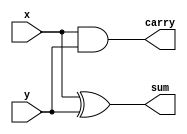
module adder_half(x,y,sum,carry);
    input x,y;
    output sum, carry;

    //* Gate level modelling
    and(carry, x, y);
    xor(sum, x, y);
endmodule

module multiplier_2_bit_using_half_adder(num1, num2, product);
    input[1:0] num1, num2;
    output[3:0] product;

    and(product[0], num1[0], num2[0]);

    wire andout_1;
    and(andout_1, num1[0], num2[1]);

    wire andout_2;
    and(andout_2, num1[1], num2[0]);

    wire c1;
    adder_half wire_driver_1(andout_1, andout_2, product[1], c1);

    wire andout_3;
    and(andout_3, num1[1], num2[1]);

    adder_half wire_driver_2(c1, andout_3, product[2], product[3]);

    always @(num1 or num2)
        #0 $display("%b x %b = %b\n", num1, num2, product); 
        // TODO: Why do we need this #0? Without it we are shown xxxx as output

endmodule

module multiplier_2_bit_using_half_adder_test;
    reg[1:0] num1, num2;
    wire[3:0] product;

    multiplier_2_bit_using_half_adder wire_driver_3(num1, num2, product);

    initial begin 
        num1 = 2'b11;
        num2 = 2'b11;

        #15
        num1 = 2'b10;
        num2 = 2'b11;

        #15
        num1 = 2'b01;
        num2 = 2'b11;
    end

endmodule